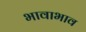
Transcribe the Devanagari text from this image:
भावाभाव